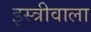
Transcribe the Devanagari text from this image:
इस्त्रीवाला